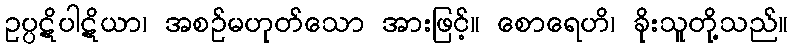
ဥပ္ပဋိပါဋိယာ၊ အစဉ်မဟုတ်သော အားဖြင့်။ စောရေဟိ၊ ခိုးသူတို့သည်။